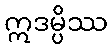
ဣဒမ္ပိဿ